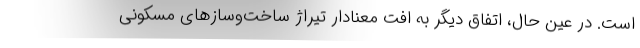
است. در عین حال، اتفاق دیگر به افت معنادار تیراژ ساخت‌وسازهای مسکونی